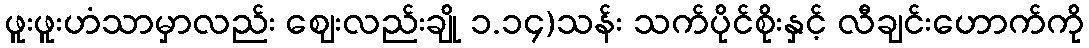
ဖူးဖူးဟံသာမှာလည်း ဈေးလည်းချို ၁.၁၄)သန်း သက်ပိုင်စိုးနှင့် လီချင်းဟောက်ကို